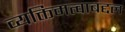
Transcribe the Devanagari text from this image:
व्यक्तिमत्वाबद्दल